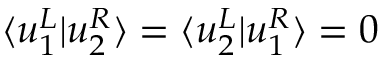
\langle u _ { 1 } ^ { L } | u _ { 2 } ^ { R } \rangle = \langle u _ { 2 } ^ { L } | u _ { 1 } ^ { R } \rangle = 0